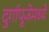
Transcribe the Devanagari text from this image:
दुर्गापूजेमध्ये